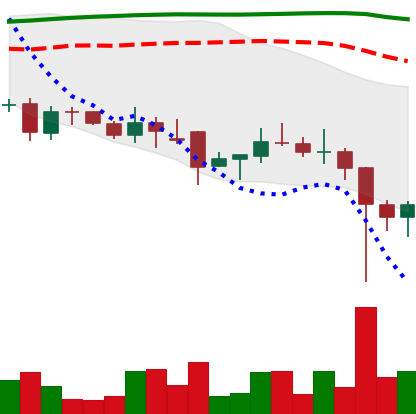
Ticker: DOGE-USD
Chart end date: 2021-12-06
Forward return: -5.258%
Label: down_5_7